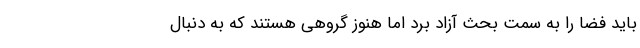
باید فضا را به سمت بحث آزاد برد اما هنوز گروهی هستند که به‌ دنبال